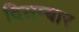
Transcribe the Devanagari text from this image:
दिसम्बार